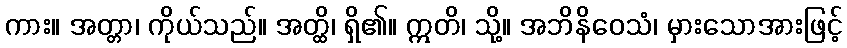
ကား။ အတ္တာ၊ ကိုယ်သည်။ အတ္ထိ၊ ရှိ၏။ ဣတိ၊ သို့။ အဘိနိဝေသံ၊ မှားသောအားဖြင့်